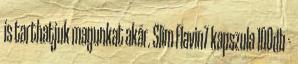
is tarthatjuk magunkat akár. Slim Flavin7 kapszula 100db -